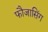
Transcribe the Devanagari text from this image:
फौजासिंग